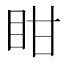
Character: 𭾧